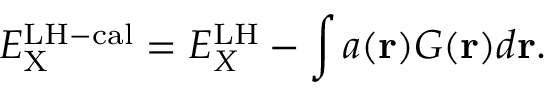
E _ { \mathrm { X } } ^ { \mathrm { L H - c a l } } = E _ { X } ^ { \mathrm { L H } } - \int { a ( \mathbf { r } ) G ( \mathbf { r } ) d \mathbf { r } } .